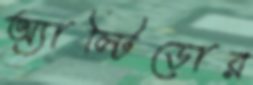
অ্যাল্টিডোর